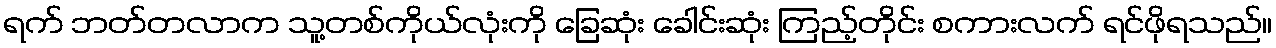
ရက် ဘတ်တလာက သူ့တစ်ကိုယ်လုံးကို ခြေဆုံး ခေါင်းဆုံး ကြည့်တိုင်း စကားလက် ရင်ဖိုရသည်။